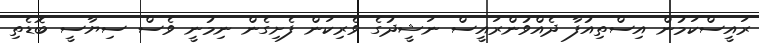
ރައީސްކަމުން އިސްތިއުފާ ދެއްވުންރައީސް ނަޝީދުގެ ވެރިކަން ފެށިގެން ނިމުނީ ވެސް ސިޔާސީ ބޮޑެތި